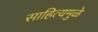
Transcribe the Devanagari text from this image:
साहित्यमुळे